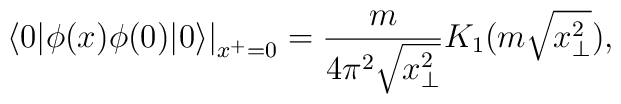
\left. \langle 0|\phi(x)\phi(0)|0\rangle \right|_{x^+=0}=\frac{m}{4\pi^2\sqrt{x_{\bot}^2}}K_1 (m\sqrt{x_{\bot}^2}),